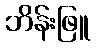
ဘိန်းဖြူ